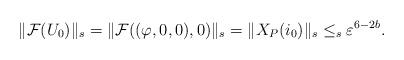
LaTeX: \begin{align*}\lVert \mathcal{F}(U_0)\rVert_s=\lVert \mathcal{F}((\varphi, 0, 0), 0) \rVert_s=\lVert X_P(i_0) \rVert_s\le_s \varepsilon^{6-2 b}.\end{align*}